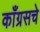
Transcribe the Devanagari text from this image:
काँग्रसचे